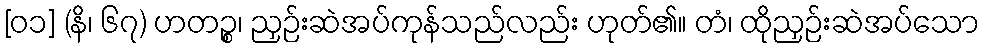
[၀၁] (နိ၊ ၆၇) ဟတဉ္စ၊ ညှဉ်းဆဲအပ်ကုန်သည်လည်း ဟုတ်၏။ တံ၊ ထိုညှဉ်းဆဲအပ်သော